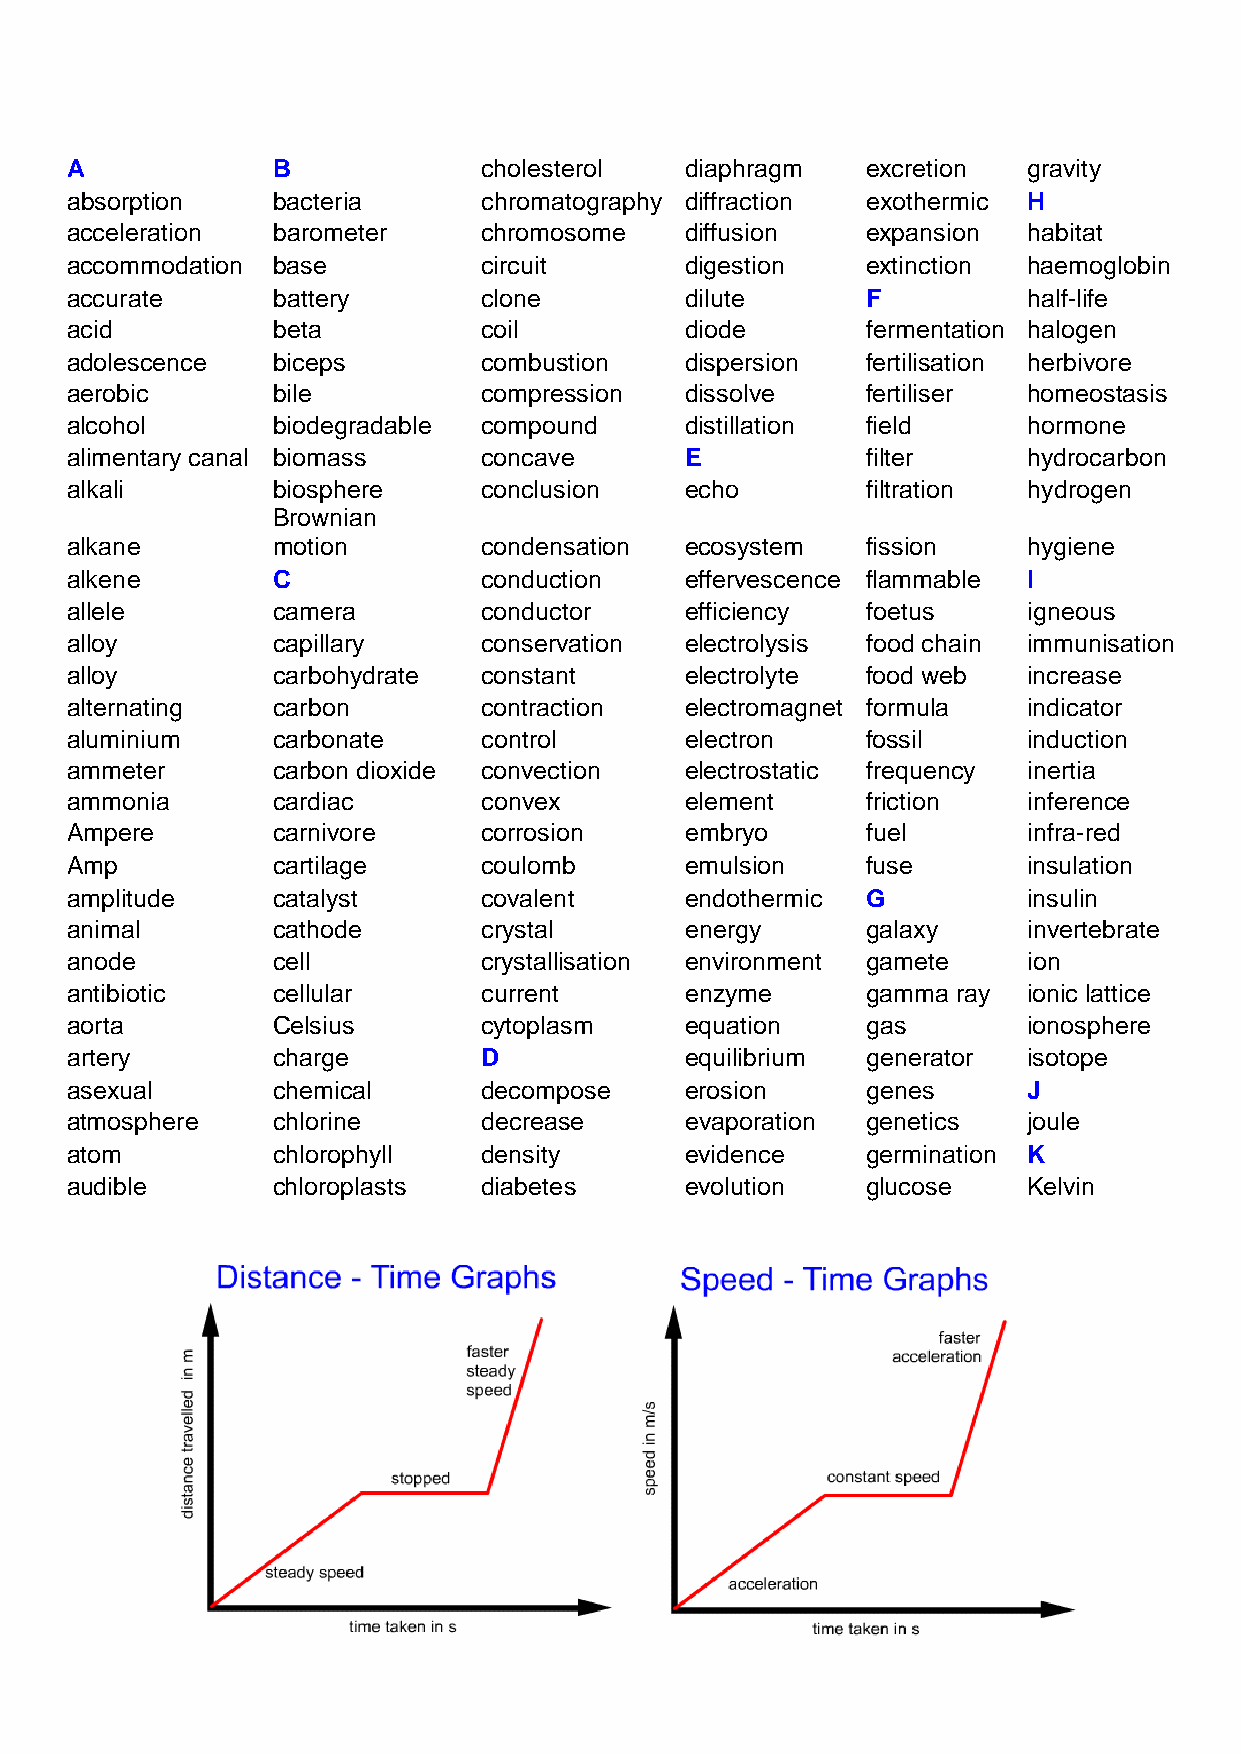
A             B             cholesterol  diaphragm   excretion  gravity
 absorption    bacteria      chromatography diffraction exothermic H
 acceleration  barometer     chromosome   diffusion   expansion  habitat
 accommodation base          circuit      digestion   extinction haemoglobin
 accurate      battery       clone        dilute      F          half-life
 acid          beta          coil         diode       fermentation halogen
 adolescence   biceps        combustion   dispersion  fertilisation herbivore
 aerobic       bile          compression  dissolve    fertiliser homeostasis
 alcohol       biodegradable compound     distillation field     hormone
 alimentary canal biomass    concave      E           filter     hydrocarbon
 alkali        biosphere     conclusion   echo        filtration hydrogen
 Brownian
 alkane        motion        condensation ecosystem   fission    hygiene
 alkene        C             conduction   effervescence flammable I
 allele        camera        conductor    efficiency  foetus     igneous
 alloy         capillary     conservation electrolysis food chain immunisation
 alloy         carbohydrate  constant     electrolyte food web   increase
 alternating   carbon        contraction  electromagnet formula  indicator
 aluminium     carbonate     control      electron    fossil     induction
 ammeter       carbon dioxide convection  electrostatic frequency inertia
 ammonia       cardiac       convex       element     friction   inference
 Ampere        carnivore     corrosion    embryo      fuel       infra-red
 Amp           cartilage     coulomb      emulsion    fuse       insulation
 amplitude     catalyst      covalent     endothermic G          insulin
 animal        cathode       crystal      energy      galaxy     invertebrate
 anode         cell          crystallisation environment gamete  ion
 antibiotic    cellular      current      enzyme      gamma ray  ionic lattice
 aorta         Celsius       cytoplasm    equation    gas        ionosphere
 artery        charge        D            equilibrium generator  isotope
 asexual       chemical      decompose    erosion     genes      J
 atmosphere    chlorine      decrease     evaporation genetics   joule
 atom          chlorophyll   density      evidence    germination K
 audible       chloroplasts  diabetes     evolution   glucose    Kelvin